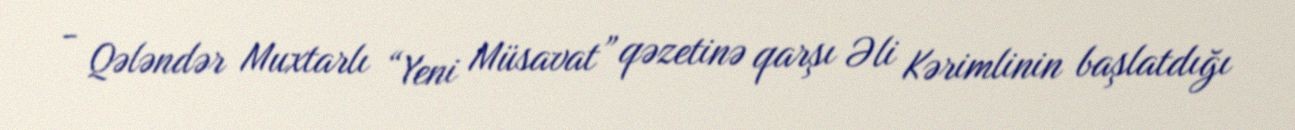
- Qələndər Muxtarlı “Yeni Müsavat” qəzetinə qarşı Əli Kərimlinin başlatdığı